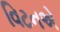
વિટનએ